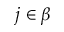
j \in \beta